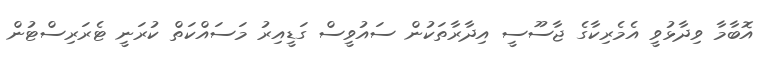
އޮބާމާ ވިދާޅުވީ އެމެރިކާގެ ޖާސޫސީ އިދާރާތަކުން ސައުވީސް ގަޑީއިރު މަސައްކަތް ކުރަނީ ޓެރަރިސްޓުން